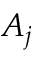
A _ { j }